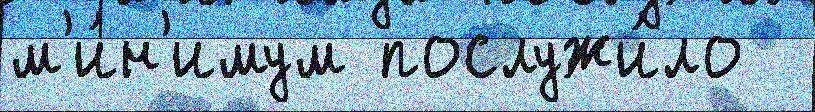
м'и́н'имум послужи́ло